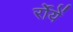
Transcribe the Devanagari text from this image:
र्रोयें